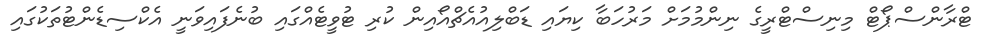
ޓްރާންސްޕޯޓް މިނިސްޓްރީގެ ނިންމުމަށް މަރުހަބާ ކިޔައި ޑަބްލިއުއެޗްއޯއިން ކުރި ޓުވީޓެއްގައި ބުނެފައިވަނީ އެކްސިޑެންޓުތަކުގައި